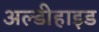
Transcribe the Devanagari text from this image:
अल्डीहाइड